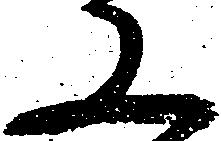
又